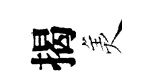
揭羙